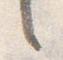
言